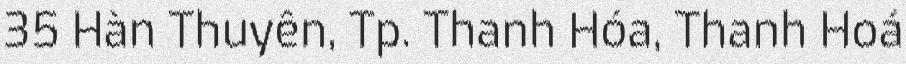
35 Hàn Thuyên, Tp. Thanh Hóa, Thanh Hoá